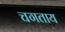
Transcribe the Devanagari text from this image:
चगताय